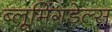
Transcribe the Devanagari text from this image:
ब्लूमिंगडेल्स